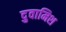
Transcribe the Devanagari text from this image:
दुवामिश